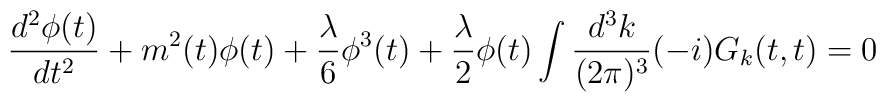
\frac{d^2\phi(t)}{dt^2}+m^2(t)\phi(t)+\frac{\lambda}{6}\phi^3(t)+ \frac{\lambda}{2}\phi(t)\int \frac{d^3k}{(2\pi)^3}(-i) G_k(t,t) = 0